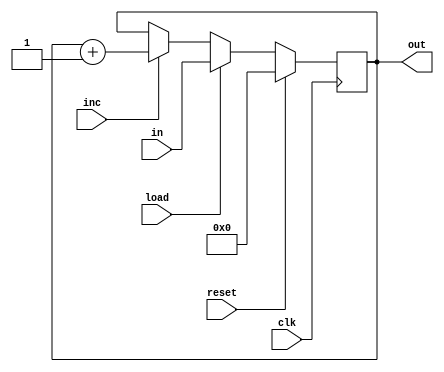
module PC16(
	input [15:0] in,
	input reset,load,inc,clk,
	output reg[15:0] out=0);

always @(negedge clk) begin
	
	if(reset==1)
		out<=0;
	else if(load==1)
		out<=in;
	else if(inc==1)
		out<=out+1;
end
endmodule